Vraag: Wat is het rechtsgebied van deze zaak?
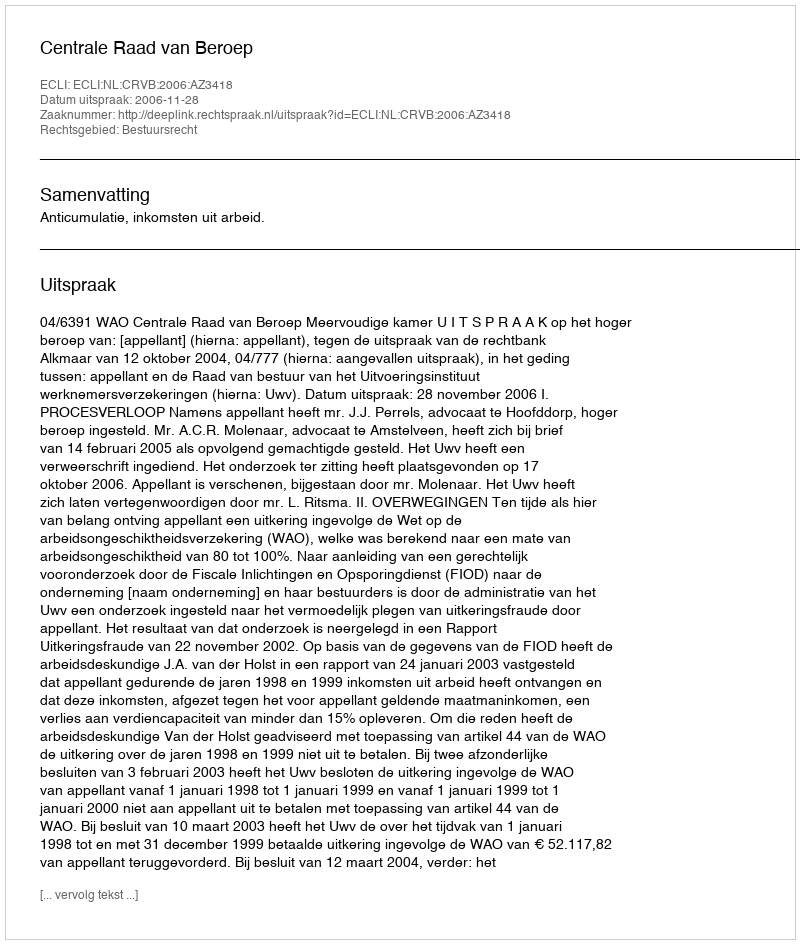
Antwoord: Bestuursrecht